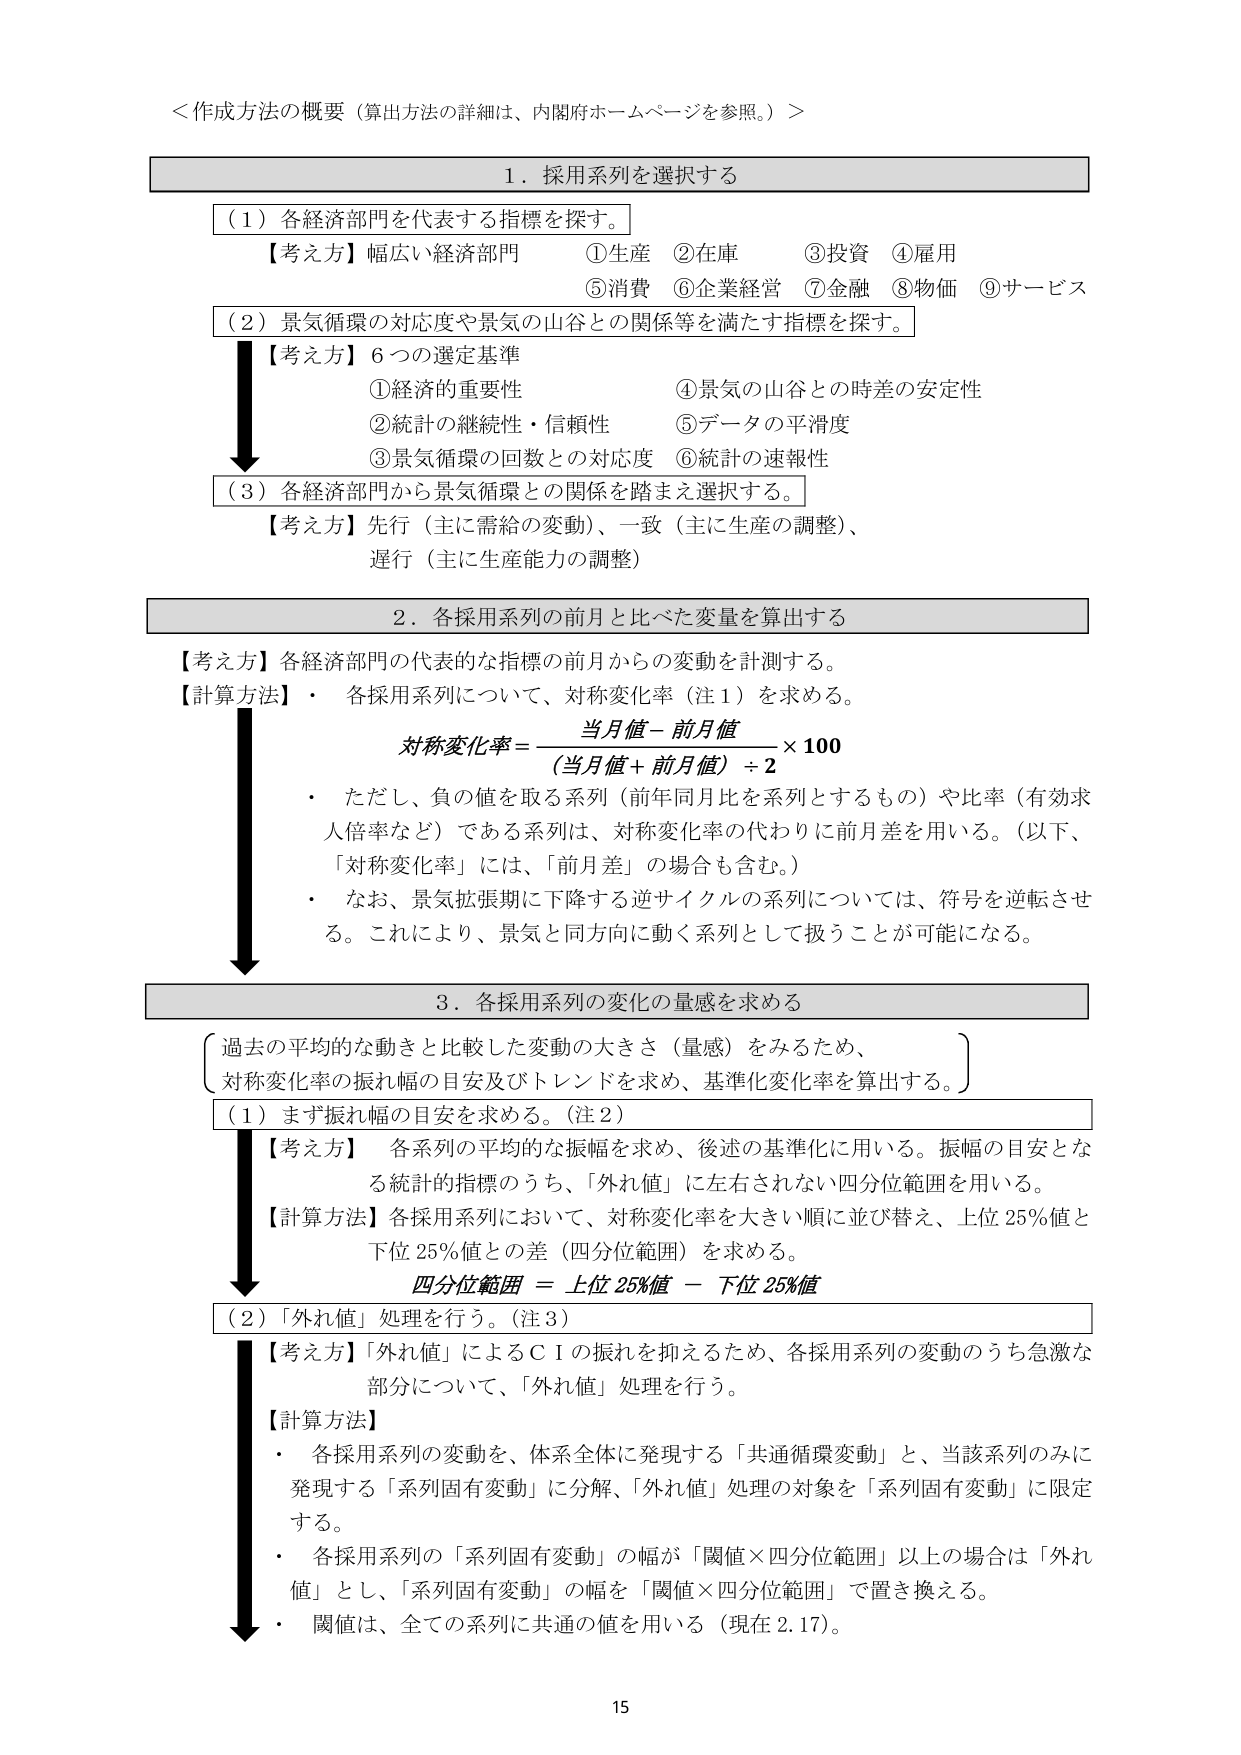
＜作成方法の概要（算出方法の詳細は、内閣府ホームページを参照。）＞

1．採用系列を選択する

（1）各経済部門を代表する指標を探す。
【考え方】幅広い経済部門　①生産　②在庫　③投資　④雇用
　　　　　　　　　　　　　⑤消費　⑥企業経営　⑦金融　⑧物価　⑨サービス

（2）景気循環の対応度や景気の山谷との関係等を満たす指標を探す。
【考え方】6つの選定基準
　①経済的重要性　　　　　　　④景気の山谷との時差の安定性
　②統計の継続性・信頼性　　　⑤データの平滑度
　③景気循環の回数との対応度　⑥統計の速報性

（3）各経済部門から景気循環との関係を踏まえ選択する。
【考え方】先行（主に需給の変動）、一致（主に生産の調整）、
　　　　　遅行（主に生産能力の調整）

2．各採用系列の前月と比べた変量を算出する

【考え方】各経済部門の代表的な指標の前月からの変動を計測する。
【計算方法】・各採用系列について、対称変化率（注1）を求める。
　　　　　対称変化率＝（当月値－前月値）／（当月値＋前月値）÷2 ×100
　　　　　・ただし、負の値を取る系列（前年同月比を系列とするもの）や比率（有効求人倍率など）である系列は、対称変化率の代わりに前月差を用いる。（以下、「対称変化率」には、「前月差」の場合も含む。）
　　　　　・なお、景気拡張期に下降する逆サイクルの系列については、符号を逆転させる。これにより、景気と同方向に動く系列として扱うことが可能になる。

3．各採用系列の変化の量感を求める

（過去の平均的な動きと比較した変動の大きさ（量感）をみるため、
対称変化率の振れ幅の目安及びトレンドを求め、基準化変化率を算出する。）

（1）まず振れ幅の目安を求める。（注2）
【考え方】各系列の平均的な振幅を求め、後述の基準化に用いる。振幅の目安となる統計的指標のうち、「外れ値」に左右されない四分位範囲を用いる。
【計算方法】各採用系列において、対称変化率を大きい順に並び替え、上位25%値と下位25%値との差（四分位範囲）を求める。
　　　　　四分位範囲＝上位25%値－下位25%値

（2）「外れ値」処理を行う。（注3）
【考え方】「外れ値」によるＣＩの振れを抑えるため、各採用系列の変動のうち急激な部分について、「外れ値」処理を行う。
【計算方法】
　・各採用系列の変動を、体系全体に発現する「共通循環変動」と、当該系列のみに発現する「系列固有変動」に分解、「外れ値」処理の対象を「系列固有変動」に限定する。
　・各採用系列の「系列固有変動」の幅が「閾値×四分位範囲」以上の場合、「外れ値」とし、「系列固有変動」の幅を「閾値×四分位範囲」に置き換える。
　・閾値は、全ての系列に共通の値を用いる（現在2.17）。

15